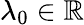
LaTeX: \lambda_{0}\in\mathbb{R}